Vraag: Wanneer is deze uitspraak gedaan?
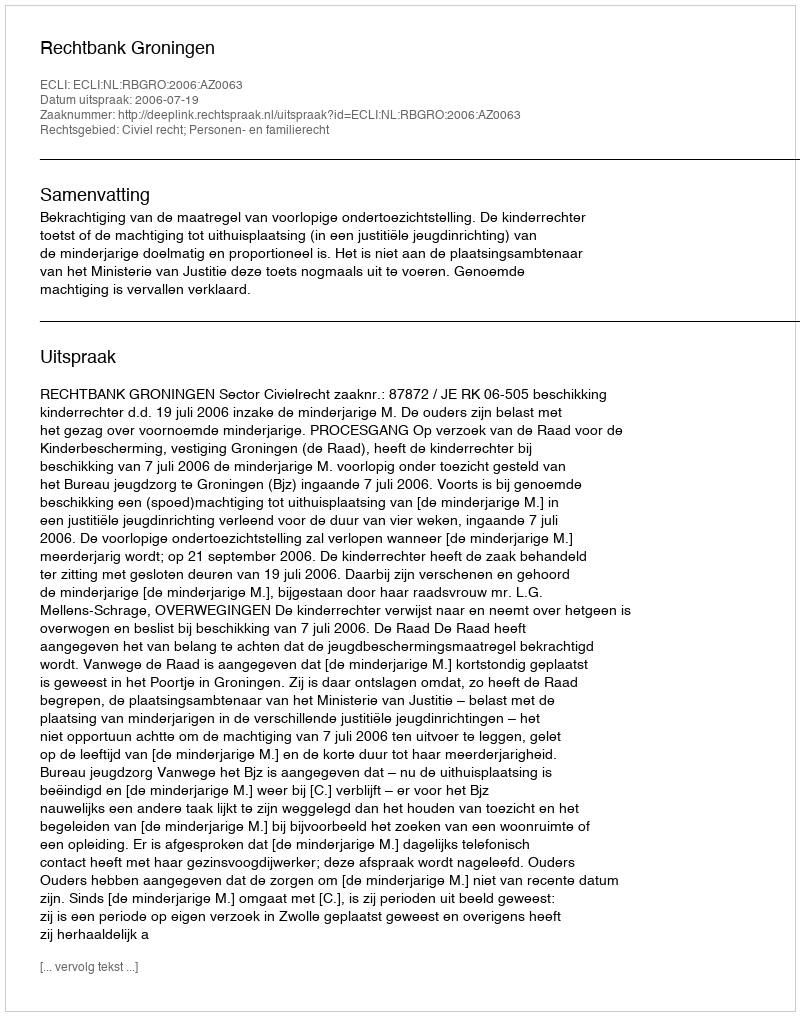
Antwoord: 2006-07-19